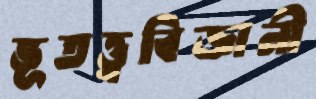
ভূতত্ত্ববিজ্ঞানী